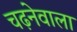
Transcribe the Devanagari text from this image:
चढ़नेवाला